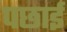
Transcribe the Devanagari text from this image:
पछाई